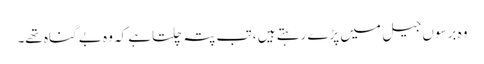
وہ برسوں جیل میں پڑے رہتے ہیں ، تب پتہ چلتاہے کہ وہ بے گناہ تھے۔